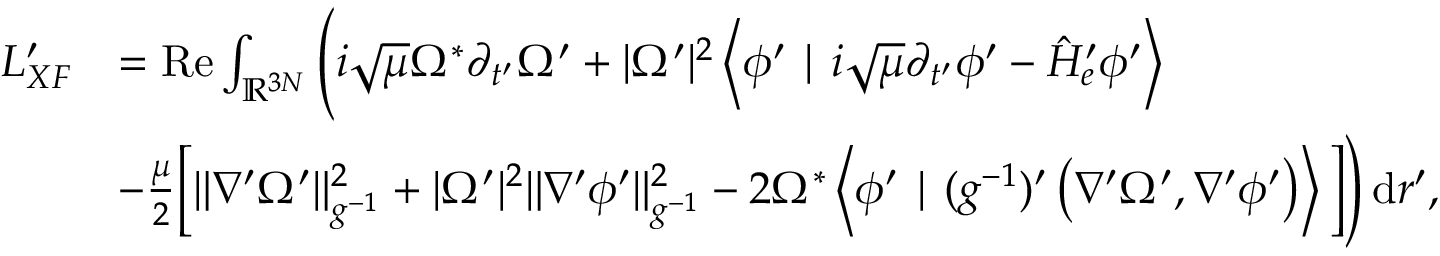
\begin{array} { r l } { L _ { X F } ^ { \prime } } & { = \operatorname { R e } \int _ { \ensuremath { \mathbb { R } } ^ { 3 N } } \Bigg ( i \sqrt { \mu } \Omega ^ { * } \partial _ { t ^ { \prime } } \Omega ^ { \prime } + | \Omega ^ { \prime } | ^ { 2 } \left\langle \phi ^ { \prime } \mid i \sqrt { \mu } \partial _ { t ^ { \prime } } \phi ^ { \prime } - \hat { H } _ { e } ^ { \prime } \phi ^ { \prime } \right\rangle } \\ & { - \frac { \mu } { 2 } \Big [ \| \nabla ^ { \prime } \Omega ^ { \prime } \| _ { g ^ { - 1 } } ^ { 2 } + | \Omega ^ { \prime } | ^ { 2 } \| \nabla ^ { \prime } \phi ^ { \prime } \| _ { g ^ { - 1 } } ^ { 2 } - 2 \Omega ^ { * } \left\langle \phi ^ { \prime } \mid ( g ^ { - 1 } ) ^ { \prime } \left( \nabla ^ { \prime } \Omega ^ { \prime } , \nabla ^ { \prime } \phi ^ { \prime } \right) \right\rangle \Big ] \Bigg ) \, \mathrm { d } r ^ { \prime } , } \end{array}